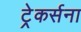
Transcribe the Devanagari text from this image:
ट्रेकर्सना